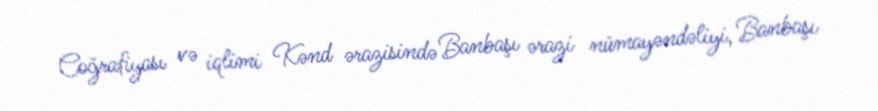
Coğrafiyası və iqlimi Kənd ərazisində Banbaşı ərazi nümayəndəliyi, Banbaşı